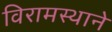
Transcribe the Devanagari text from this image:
विरामस्थाने